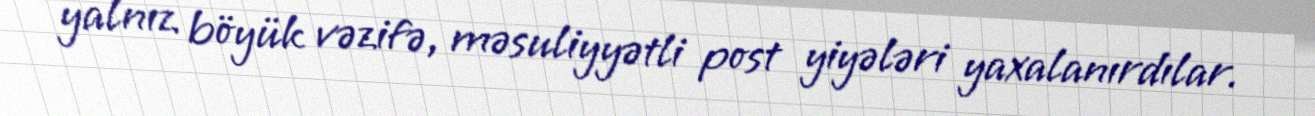
yalnız böyük vəzifə, məsuliyyətli post yiyələri yaxalanırdılar.